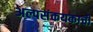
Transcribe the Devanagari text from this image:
अल्पसंकयकाची